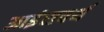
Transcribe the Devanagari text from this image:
आइंसवर्थ